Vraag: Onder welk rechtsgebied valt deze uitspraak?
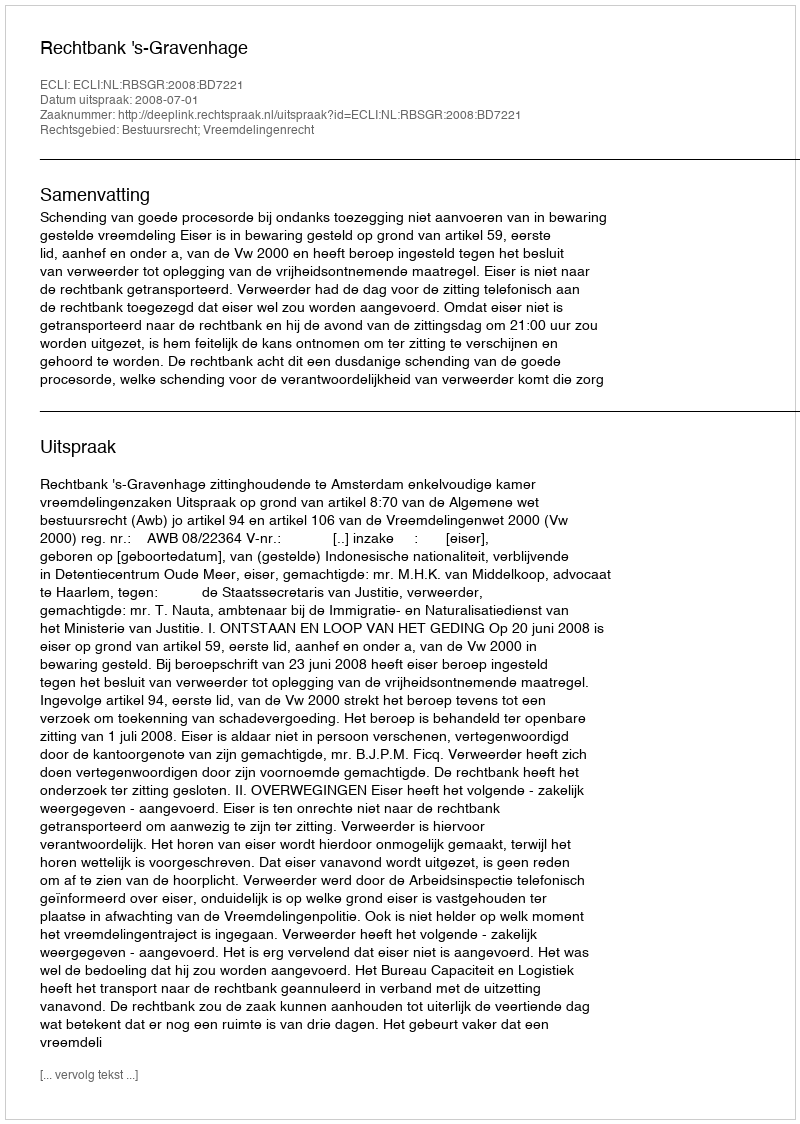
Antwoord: Bestuursrecht; Vreemdelingenrecht